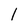
Character: 1